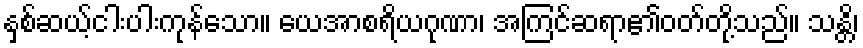
နှစ်ဆယ့်ငါးပါးကုန်သော။ ယေအာစရိယဂုဏာ၊ အကြင်ဆရာ၏ဝတ်တို့သည်။ သန္တိ၊